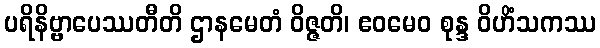
ပရိနိဗ္ဗာပေဿတီတိ ဌာနမေတံ ဝိဇ္ဇတိ၊ ဧဝမေဝ စုန္ဒ ဝိဟိံသကဿ